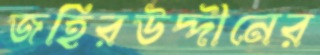
জহিরউদ্দীনের